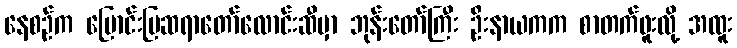
နေစဉ်က မြောင်းမြဆရာတော်လောင်းဆီမှာ ဘုန်းတော်ကြီး ဦးနာယကက စာတက်ဖူးလို့ အထူး